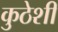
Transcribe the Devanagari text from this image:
कुठेशी